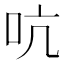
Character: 吭